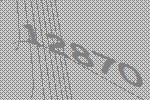
12870